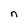
Character: n